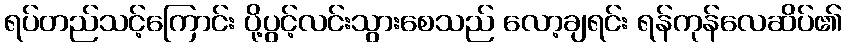
ရပ်တည်သင့်ကြောင်း ပို့ပွင့်လင်းသွားစေသည် လော့ချရင်း ရန်ကုန်လေဆိပ်၏